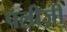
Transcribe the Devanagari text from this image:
पलीज़ी